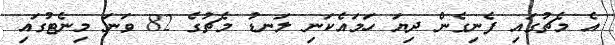
އެ މެޗުގައި ފެނިގެން ދިޔަ ހަމައެކަނި ލަނޑު މެޗުގެ 82 ވަނަ މިނެޓުގައި